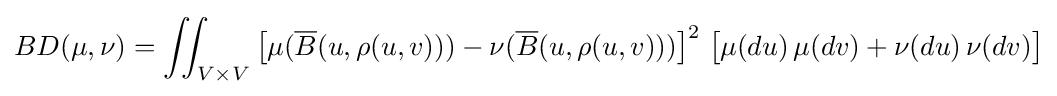
BD(\mu ,\nu )=\iint _{V\times V}{\bigl [}\mu ({\overline {B}}(u,\rho (u,v)))-\nu ({\overline {B}}(u,\rho (u,v))){\bigr ]}^{2}\;{\bigl [}\mu (du)\,\mu (dv)+\nu (du)\,\nu (dv){\bigr ]}